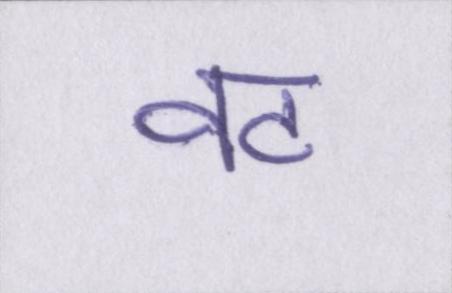
वट